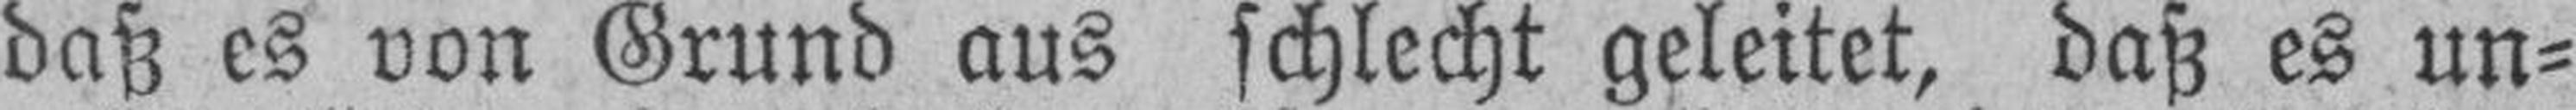
daß es von Grund aus schlecht geleitet, daß es un¬